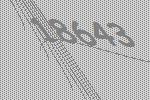
18643